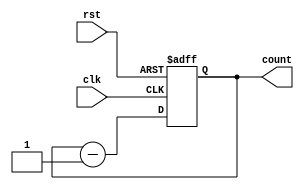
`timescale 1ns / 1ps
//////////////////////////////////////////////////////////////////////////////////
// Company: 
// Engineer: 
// 
// Design Name: 
// Module Name: down_counter
// Project Name: 
// Target Devices: 
// Tool Versions: 
// Description: 
// 
// Dependencies: 
// 
// Revision:
// Revision 0.01 - File Created
// Additional Comments:
// 
//////////////////////////////////////////////////////////////////////////////////


module down_counter(
    input clk,
    input rst,
    output reg [3:0] count
    );
    always@(posedge clk ,negedge rst)
    begin
    if(!rst)
    count<=4'b1111;
    else
    count<=count-'b1;
    end
endmodule